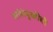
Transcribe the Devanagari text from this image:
सांधेदुखीची